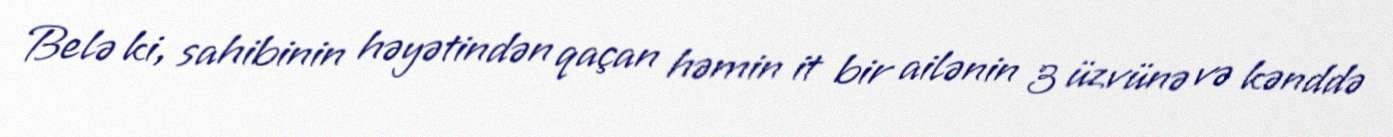
Belə ki, sahibinin həyətindən qaçan həmin it bir ailənin 3 üzvünə və kənddə